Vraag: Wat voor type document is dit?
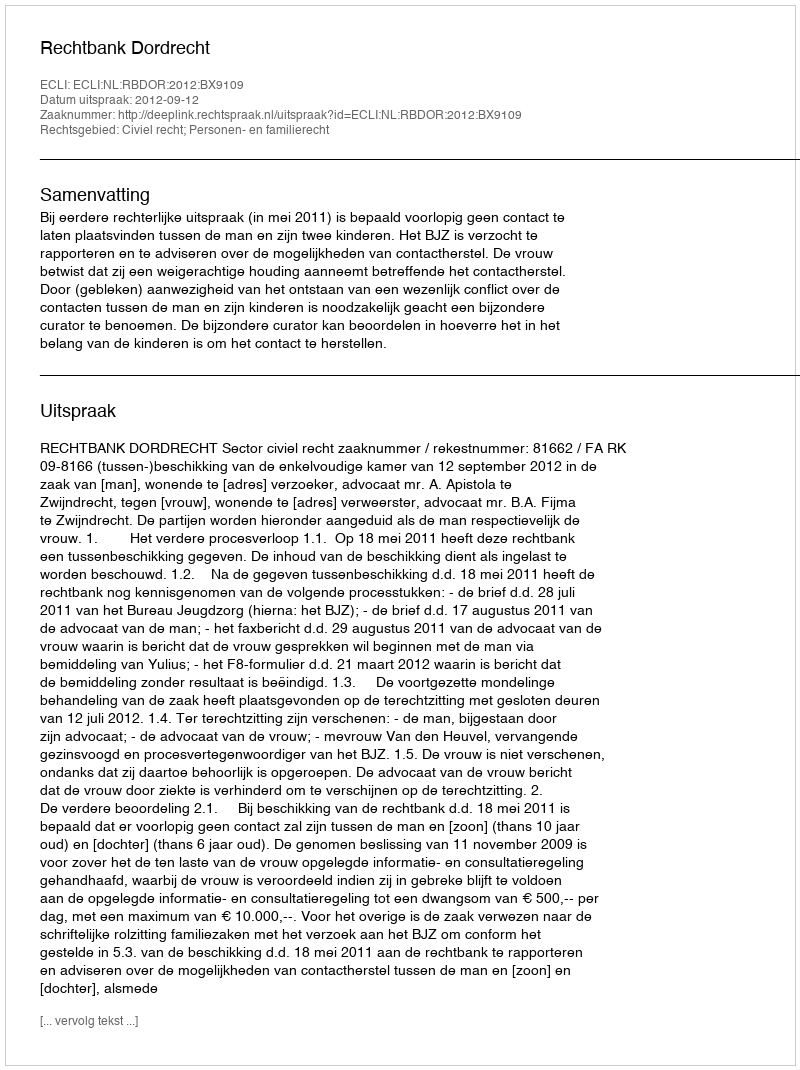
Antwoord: Uitspraak